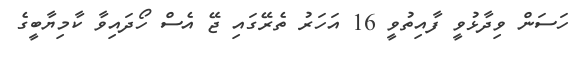
ހަސަން ވިދާޅުވީ ފާއިތުވީ 16 އަހަރު ތެރޭގައި ޖޭ އެސް ހޯދައިވާ ކާމިޔާބީގެ